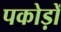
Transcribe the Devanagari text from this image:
पकोड़ों